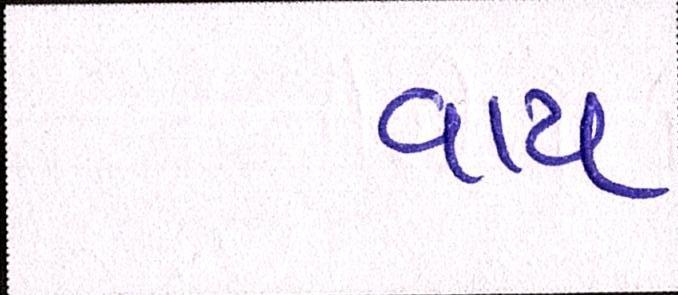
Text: વાય